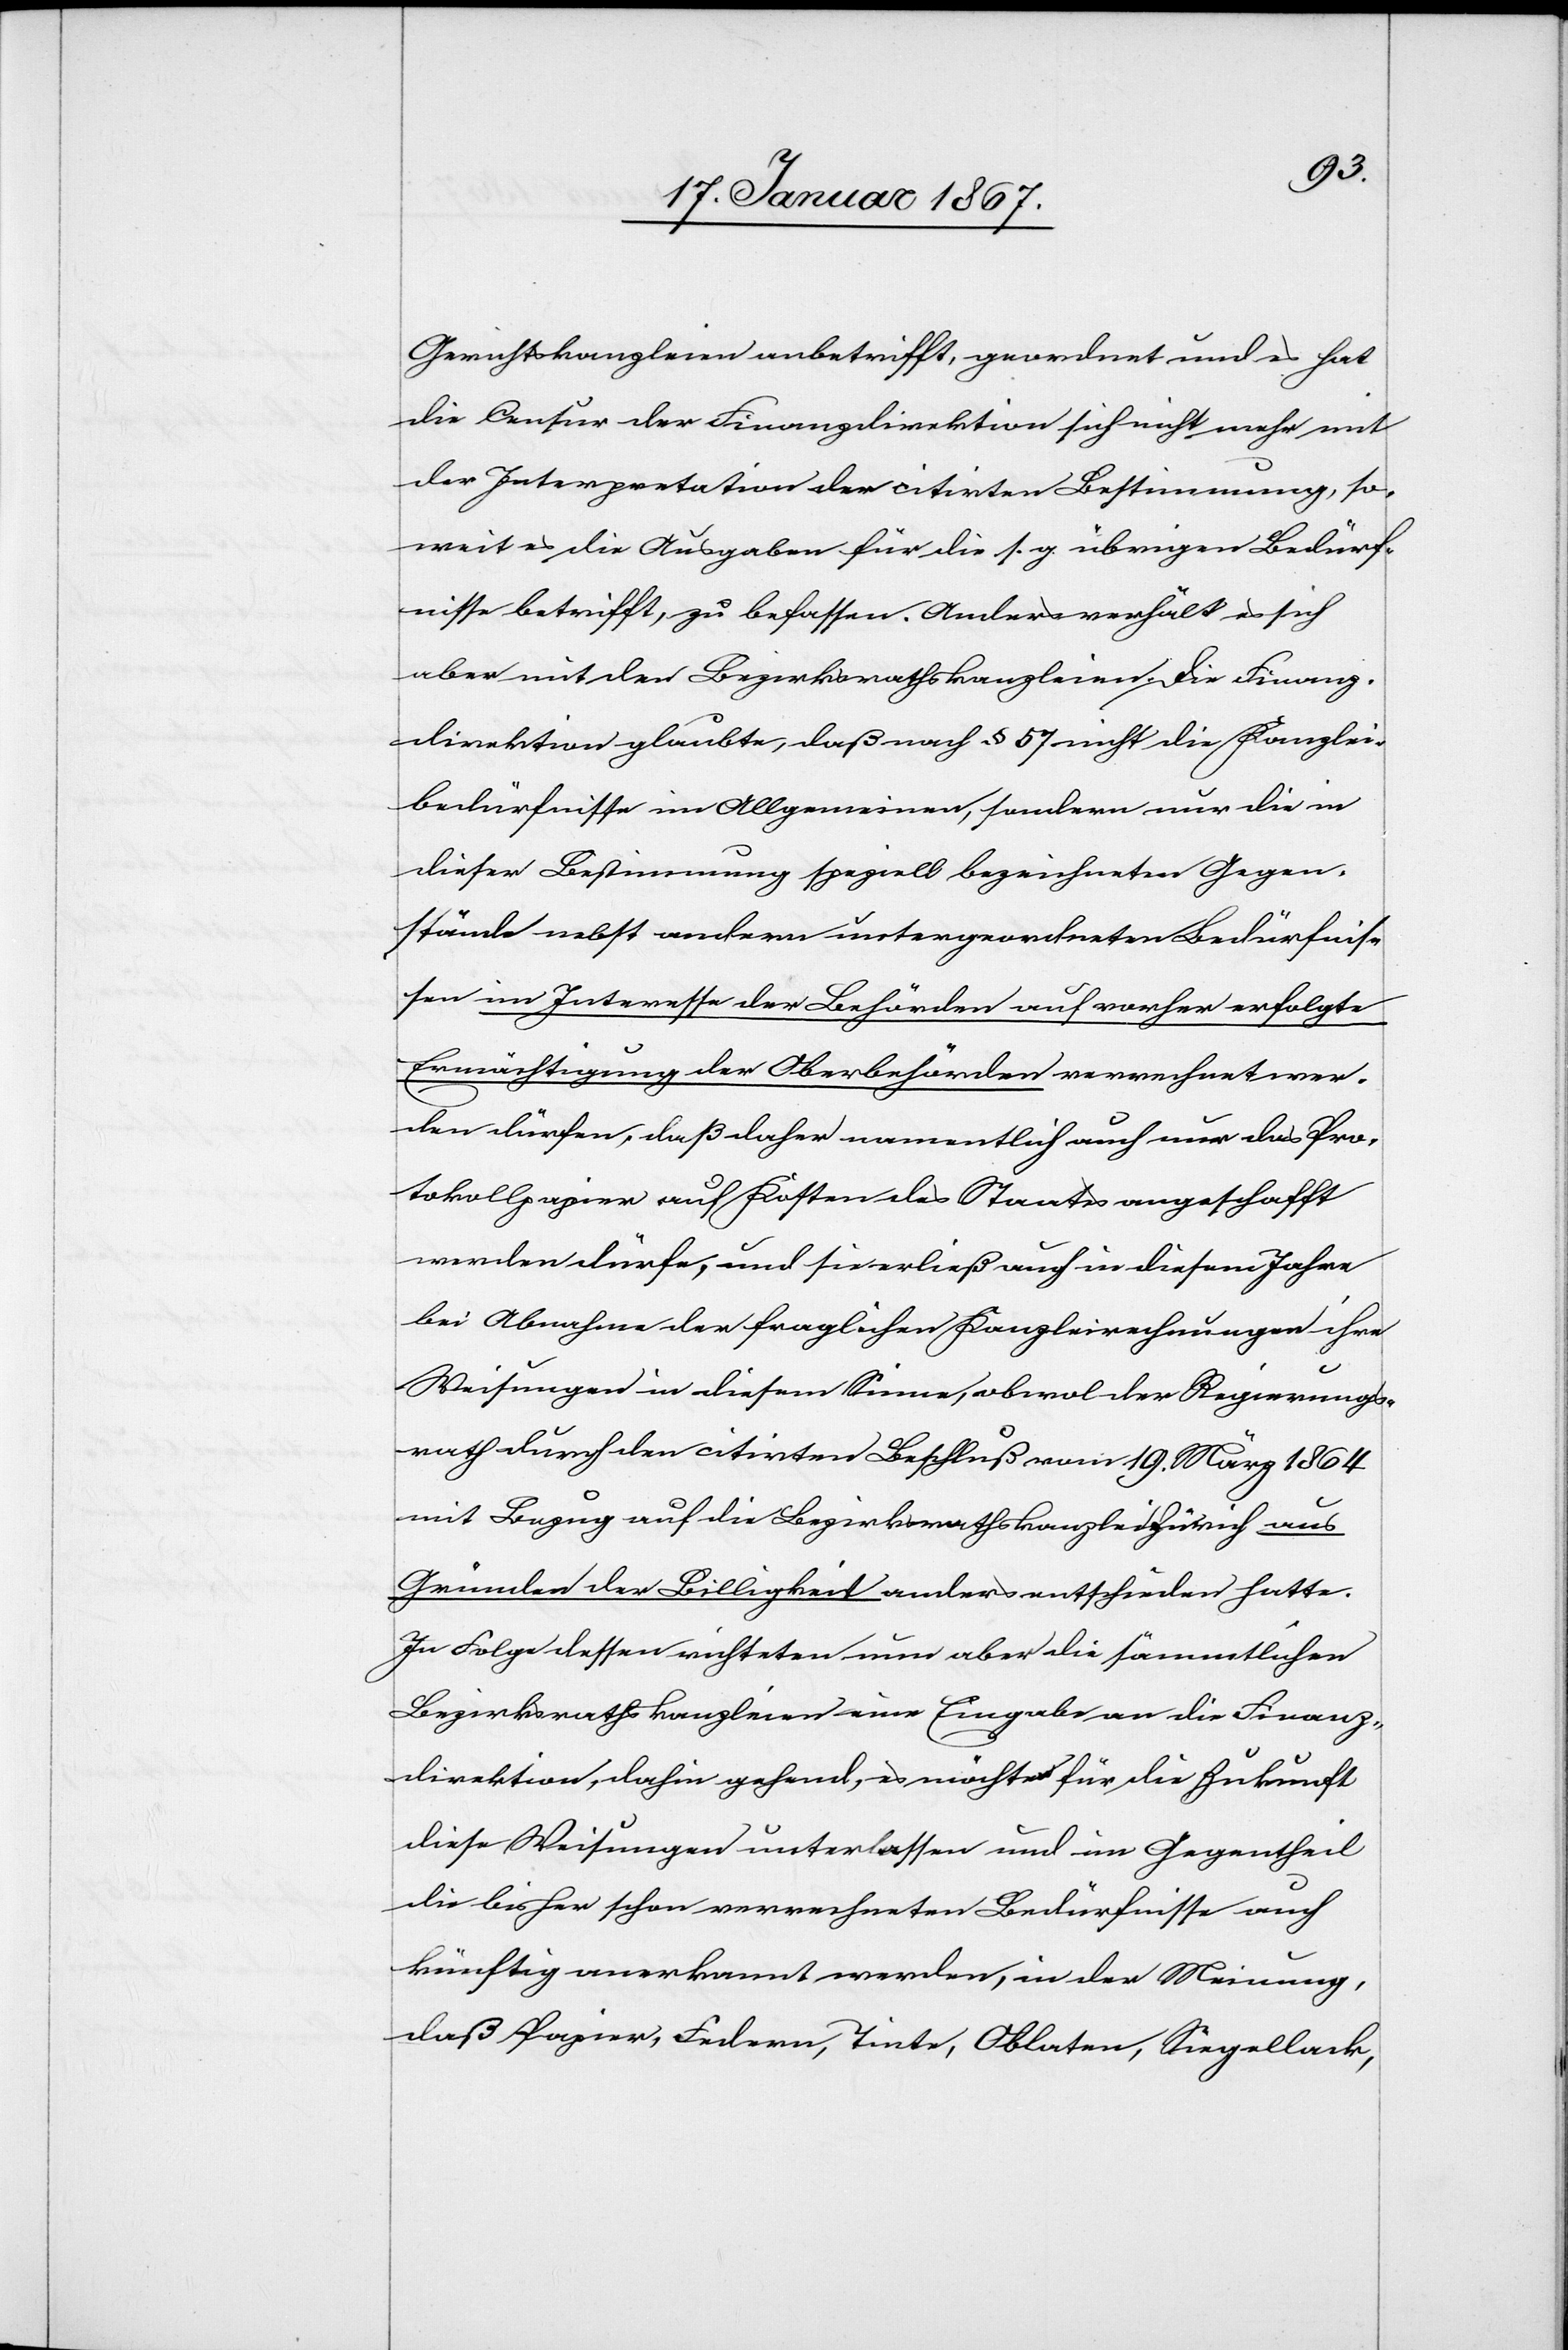
Gerichtskanzleien anbetrifft, geordnet und es hat
die Censur der Finanzdirektion sich nicht mehr mit
der Interpretation der citirten Bestimmung, so¬
weit es die Ausgaben für die s. g. übrigen Bedürf¬
nisse betrifft, zu befassen. Anders verhält es sich
aber mit den Bezirksrathskanzleien. Die Finanz¬
direktion glaubte, daß nach § 57 nicht die Kanzlei¬
bedürfnisse im Allgemeinen, sondern nur die in
dieser Bestimmung speziell bezeichneten Gegen¬
stände nebst andern untergeordneten Bedürfnis¬
sen im Interesse der Behörden auf vorher erfolgte
Ermächtigung der Oberbehörden verrechnet wer¬
den dürfen, daß daher namentlich auch nur das Pro¬
tokollpapier auf Kosten des Staates angeschafft
werden dürfe, und sie erließ auch in diesem Jahre
bei Abnahme der fraglichen Kanzleirechnungen ihre
Weisungen in diesem Sinne, obwol der Regierungs¬
rath durch den citirten Beschluß vom 19. März 1864
mit Bezug auf die Bezirksrathskanzlei Zürich aus
Gründen der Billigkeit anders entschieden hatte.
In Folge dessen richteten nun aber die sämmtlichen
Bezirksrathskanzleien eine Eingabe an die Finanz¬
direktion, dahin gehend, es möchten für die Zukunft
diese Weisungen unterlassen und im Gegentheil
die bisher schon verrechneten Bedürfnisse auch
künftig anerkannt werden, in der Meinung,
daß Papier, Federn, Tinte, Oblaten, Siegellack,